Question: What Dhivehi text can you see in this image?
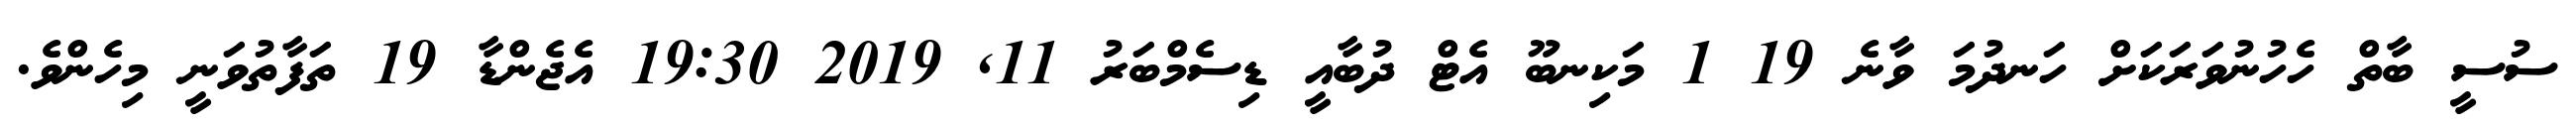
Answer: ސުސީ ބާތް ހެހުނުވަރަކަށް ހަނދުމަ ވާނެ 19 1 މަކިނބޫ އެޓް ދުބާއީ ޑިސެމްބަރު 11, 2019 19:30 އެޖެންޑާ 19 ތަފާތުވަނީ މިހެންވެ.